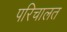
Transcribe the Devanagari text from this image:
परिचालत